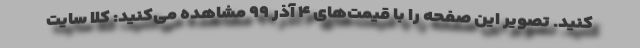
کنید. تصویر این صفحه را با قیمت‌های ۴ آذر ۹۹ مشاهده می‌کنید: کلا سایت